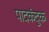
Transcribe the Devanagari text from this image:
पादकंदुक